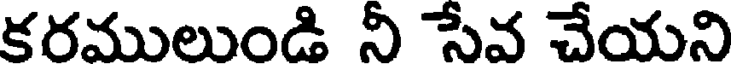
కరములుండి నీ సేవ చేయని